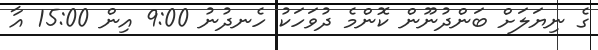
ގެ ނިޔަލަށް ބަންދުނޫން ކޮންމެ ދުވަހަކު ހެނދުނު 9:00 އިން 15:00 އާ